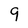
Character: 9